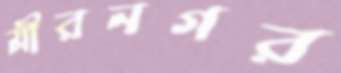
মীরনগর